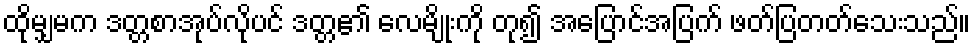
ထိုမျှမက ဒတ္တစာအုပ်လိုပင် ဒတ္တ၏ လေမျိုးကို တု၍ အပြောင်အပြက် ဖတ်ပြတတ်သေးသည်။